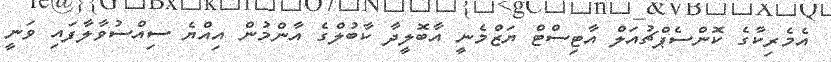
އެމެރިކާގެ ކޮންސެޕްޗުއަލް އާޓިސްޓް ޔަޒްމެނީ އާބޮލީދާ ކާބުލްގެ އާންމުން އިއްޔެ ސިއްސުވާލާފައި ވަނީ